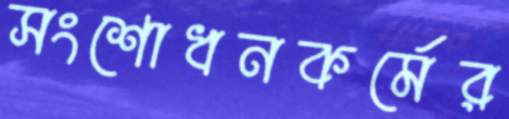
সংশোধনকর্মের